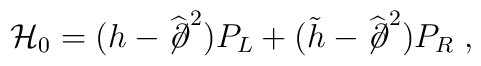
{\mathcal H}_0 =(h - \widehat{\not\!\partial}^2) P_L + (\tilde{h} - \widehat{\not\!\partial}^2) P_R \;,